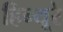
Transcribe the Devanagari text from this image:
हिन्यूरे